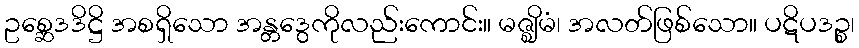
ဥစ္ဆေဒဒိဋ္ဌိ အစရှိသော အန္တဒွေကိုလည်းကောင်း။ မဇ္ဈိမံ၊ အလတ်ဖြစ်သော။ ပဋိပဒဉ္စ၊